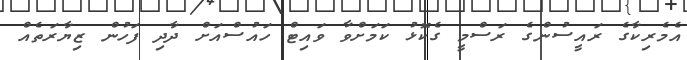
އެމެރިކާގެ ރައީސުންގެ ރަސްމީ ގެކޮޅު ކަމަށްވާ ވައިޓް ހައުސްއަށް ދާދި ފަހުން ޒިޔާރަތެއް